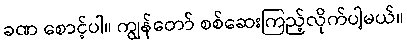
ခဏ စောင့်ပါ။ ကျွန်တော် စစ်ဆေးကြည့်လိုက်ပါ့မယ်။